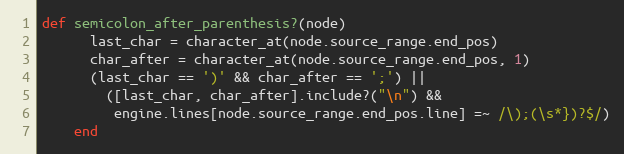
Language: Ruby
def semicolon_after_parenthesis?(node)
      last_char = character_at(node.source_range.end_pos)
      char_after = character_at(node.source_range.end_pos, 1)
      (last_char == ')' && char_after == ';') ||
        ([last_char, char_after].include?("\n") &&
         engine.lines[node.source_range.end_pos.line] =~ /\);(\s*})?$/)
    end